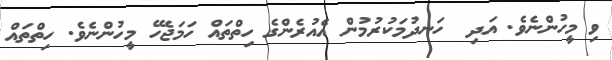
ވި މީހުންނެވެ. އަދި  ހަނދުމަކުރުމުން އެއުރެންގެ ހިތްތައް ހަމަޖެހޭ މީހުންނެވެ. ހިތްތައް